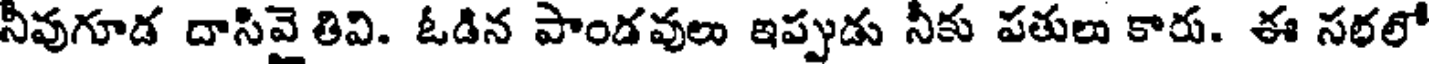
నీవుగూడ దాసివై తివి. ఓడిన పాండవులు ఇప్పుడు నీకు పతులు కారు. ఈ సరలో